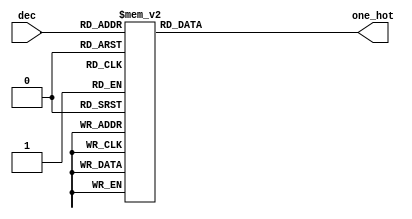
`timescale 1ns / 1ps
module BCD_to_onehot(one_hot,dec);
input [0:3]dec;
output reg [0:8] one_hot;
always @(*)
case(dec)
4'd1: one_hot=9'b100000000;
4'd2: one_hot=9'b010000000;
4'd3: one_hot=9'b001000000;
4'd4: one_hot=9'b000100000;
4'd5: one_hot=9'b000010000;
4'd6: one_hot=9'b000001000;
4'd7: one_hot=9'b000000100;
4'd8: one_hot=9'b000000010;
4'd9: one_hot=9'b000000001;
default:one_hot=9'b111111111;
endcase
endmodule


module candidate_type1(completed,sudoku_out,rst,start,clk,sudoku_given);
input [0:323] sudoku_given;
output reg [0:323] sudoku_out;
output completed;
input clk,rst,start;
 reg [0:3] decimal;
 reg [0:323]sudoku_taken;
  wire [0:8]dec_out;
wire [0:3]dec_in;
 wire [0:8]one_hot;
reg [0:728] sudoku;
 reg [0:8] main_element, other_element;
 reg [0:3]count_r,count_c;
 reg [0:3] counter;
reg [0:4] state,next_state;
 wire inc_count_r,inc_count_c,clr_count_r,clr_count_c,inc_counter,clr_counter,filled_cell;
  reg [0:9]position;
 reg [0:80] box;
  reg [0:3] box_num;
  reg [0:8] digit;
  reg update_r,update_c,update_r_2,update_c_2;
  reg [0:3] update_row_num,update_col_num,update_row_num_2,update_col_num_2;
 reg [0:8] cell_val;
  reg update_pencil;
 
 
parameter s0=5'd0,s1_1=5'd1,s1_2=5'd2,
s2_1=5'd3,s2_2=5'd4,s2_3=5'd5,s2_4=5'd6,
s3_1=5'd7,s3_2=5'd8,s3_3=5'd9,s3_4=5'd10,
s4_1=5'd11,s4_2=5'd12,s4_3=5'd13,s4_4=5'd14,
s5_1=5'd15,s5_2=5'd16,s5_3=5'd17,s5_4=5'd18,
s6_1=5'd19,s6_2=5'd20,s6_3=5'd21;

BCD_to_onehot  m1(one_hot,dec_in);

always @(posedge clk)
if(rst==1'b1) state<=s0;
else state <= next_state; 

always @(posedge clk)
if(rst==1'b1) sudoku_out<=324'b0;
else 
begin
if(state==s6_1)sudoku_out<=(sudoku_out<<4);
if(state==s6_2) sudoku_out[320:323]<=decimal;
end

always @(posedge clk)
if(rst==1'b1) sudoku_taken<=324'b0;
else
begin
if(start==1'b1) sudoku_taken<=sudoku_given;
end
  always @(posedge clk)
  if(rst==1'b1) 
  begin
  count_r <=4'd0;
  count_c <=4'd0;
  counter <=4'd0;
  main_element<=9'b0;
  other_element<=9'b0;
  end
  else
  begin
 
        if(inc_count_r) count_r<=count_r+4'd1;
      if(inc_count_c) count_c<=count_c+4'd1;
       if(inc_counter) counter<=counter+4'd1;
      if(clr_count_r) count_r<=4'd0;
      if(clr_count_c) count_c<=4'd0;
    if(clr_counter) counter<=4'd0;
    
    if((state==s2_1)|(state==s3_1)|(state==s4_1))
    main_element<=sudoku[position+:9];
    
    if((state==s2_3)|(state==s3_3)|(state==s4_3))
    other_element<=sudoku[position+:9];
   
  end
  always @(posedge clk)
  if(rst==1'b1)
  begin
  update_c_2<=1'b0;
  update_r_2<=1'b0;
  update_row_num_2<=4'd0;
  update_col_num_2<=4'd0;
  end
  else
  begin
  if(state==s5_2) 
  begin
  update_c_2<=update_c;
  update_r_2<=update_r;
  update_row_num_2<=update_row_num;
  update_col_num_2<=update_col_num;
  end
  end
  
  always @(posedge clk)
  if(rst==1'b1) box<=81'b0;
  else
  begin
   if(state==s5_1) box[(9*counter)+:9]<=sudoku[position+:9];
   end
  
  always @(posedge clk)
  if(rst==1'b1) digit<=9'b0;
  else
  begin
  if((state==s5_1)&(counter==4'd8))
  digit<=9'b100000000;
  if((state==s5_4)&(counter==4'd5))
  begin
  /*if(digit==9'b1)
  digit<=9'b100000000;
  else*/
  digit<=(digit>>1);
  end
  end
  
  always @(posedge clk)
  if(rst==1'b1) box_num<=4'b0;
  else
  begin
  if((state==s5_4)&(digit==9'b1)&(counter==4'd5))
  box_num<=box_num+1'b1;
  end
  
  always @(posedge clk)
  begin
  if(state==s1_2) sudoku[position+:9]<=one_hot;

if(state==s2_4) sudoku[position+:9]<=(count_c!=counter)?((other_element)&(~main_element)):main_element;
if(state==s3_4) sudoku[position+:9]<=(count_r!=counter)?((other_element)&(~main_element)):main_element;
if(state==s4_4) sudoku[position+:9]<=(count_c!=counter)?((other_element)&(~main_element)):main_element;

if((state==s5_3)&(update_r_2))
sudoku[position+:9]<=(sudoku[position+:9]&(~digit));
if((state==s5_4)&(update_c_2))
sudoku[position+:9]<=(sudoku[position+:9]&(~digit));
  end
  
always @(posedge clk)
if(rst==1'b1) update_pencil<=1'b0;
else
begin
if(((state==s2_4)|(state==s3_4)|(state==s4_4))&(other_element!=((other_element)&(~(main_element))))&(other_element!=main_element))
update_pencil<=1'b1;
if((((state==s4_4)&(counter==4'd8))|((state==s4_2)&(!filled_cell)))&(count_r==4'd8)&(count_c==4'd8)) update_pencil<=1'b0;
end

 always @(*)
     case(dec_out) 
     9'd256:decimal=4'h1;
     9'd128:decimal=4'h2;
     9'd64:decimal=4'h3;
     9'd32:decimal=4'h4;
     9'd16:decimal=4'h5;
     9'd8:decimal=4'h6;
     9'd4:decimal=4'h7;
     9'd2:decimal=4'h8;
     9'd1:decimal=4'h9;
     default : decimal=4'h0;
     endcase

always @(*)
case(state)
        s0:next_state=start?s1_1:s0;
        
        s1_1: next_state=s1_2;
        s1_2:next_state=((count_r==4'd8)&(count_c==4'd8))?s2_1:s1_1;
        
        s2_1: next_state=s2_2;
        s2_2:next_state=(filled_cell==1'b1)?s2_3:(((count_c==4'd8)&(count_r==4'd8))?s3_1:s2_1);
        s2_3: next_state=s2_4;
        s2_4:next_state=(counter!=4'd8)?s2_3:(((count_r==4'd8)&(count_c==4'd8))?s3_1:s2_1);
        
        s3_1: next_state=s3_2;
        s3_2:next_state=(filled_cell==1'b1)?s3_3:(((count_c==4'd8)&(count_r==4'd8))?s4_1:s3_1);
        s3_3: next_state=s3_4;
        s3_4:next_state=(counter!=4'd8)?s3_3:(((count_r==4'd8)&(count_c==4'd8))?s4_1:s3_1);
        
        s4_1: next_state=s4_2;
        s4_2:next_state=(filled_cell==1'b1)?s4_3:(((count_c==4'd8)&(count_r==4'd8))?(update_pencil?s2_1:((box_num==4'd9)?s6_1:s5_1)):s4_1);
        s4_3: next_state=s4_4;
        s4_4:next_state=(counter!=4'd8)?s4_3:(((count_r==4'd8)&(count_c==4'd8))?(update_pencil?s2_1:((box_num==4'd9)?s6_1:s5_1)):s4_1);
        
        s5_1:next_state=(counter==4'd8)?s5_2:s5_1;
        s5_2:next_state=s5_3;
        s5_3:next_state=(counter==4'd5)?s5_4:s5_3;
        s5_4:next_state=(counter==4'd5)?((digit==9'b1)?s2_1:s5_2):s5_4;
        
        s6_1:next_state=s6_2;
        s6_2:next_state=(((count_c==4'd8)&(count_r==4'd8))?s6_3:s6_1);
        s6_3:next_state=s6_3;
        default :next_state=s0;
endcase


always @(*)
if(state==s5_2)
case({(|(|(box[0:26]&{3{digit}}))),(|(|(box[27:53]&{3{digit}}))),(|(|(box[54:80]&{3{digit}})))})
3'b100:	begin
                update_r=1'b1;
         update_row_num=(box_num/2'd3)*2'd3+2'd0;
                end
       3'b010:	begin
                update_r=1'b1;
         update_row_num=(box_num/2'd3)*2'd3+2'd1;
                end
       3'b001:	begin
                update_r=1'b1;
         update_row_num=(box_num/2'd3)*2'd3+2'd2;
                end
       default:	begin
                update_r=1'b0;
                update_row_num=4'b0000;
                end
       endcase
       else
       begin
        update_r=1'b0;
        update_row_num=4'b0;
        end

always @(*)
if(state==s5_2)
case({(|(|({box[0:8],box[27:35],box[54:62]}&{3{digit}}))),(|(|({box[9:17],box[36:44],box[63:71]}&{3{digit}}))),(|(|({box[18:26],box[45:53],box[72:80]}&{3{digit}})))})
 3'b100:	begin
                update_c=1'b1;
         update_col_num=(box_num%2'd3)*2'd3+2'd0;
                end
       3'b010:	begin
                update_c=1'b1;
        update_col_num=(box_num%2'd3)*2'd3+2'd1;
                end
       3'b001:	begin
                update_c=1'b1;
         update_col_num=(box_num%2'd3)*2'd3+2'd2;
                end
       default:	begin
                update_c=1'b0;
                update_col_num=4'b0000;
                end
       endcase
       else
       begin
        update_c=1'b0;
        update_col_num=4'b0000;
        end

always @(*)
case(state)
s1_2:position=(81*count_r+9*count_c);
s2_1:position=(81*count_r+9*count_c);
s2_3:position=(81*count_r+9*counter);
s2_4:position=(81*count_r+9*counter);
s3_1:position=(81*count_r+9*count_c);
s3_3:position=(81*counter+9*count_c);
s3_4:position=(81*counter+9*count_c);
s4_1:position=(81*((count_r/2'd3)*2'd3+(count_c/2'd3))+9*((count_r%2'd3)*2'd3+(count_c%2'd3)));
s4_3:position=(81*((count_r/2'd3)*2'd3+(counter/2'd3))+9*((count_r%2'd3)*2'd3+(counter%2'd3)));
s4_4:position=(81*((count_r/2'd3)*2'd3+(counter/2'd3))+9*((count_r%2'd3)*2'd3+(counter%2'd3)));
s5_1:position=(81*((box_num/2'd3)*2'd3+(counter/2'd3))+9*((box_num%2'd3)*2'd3+(counter%2'd3)));

s5_3:	case(box_num)
                4'd0,4'd3,4'd6:
                	begin
                	case(counter)
                      4'd0:position=(81*update_row_num_2)+27;
                     4'd1:position=81*update_row_num_2+36;
                     4'd2:position=81*update_row_num_2+45;
                      4'd3:position=81*update_row_num_2+54;
                      4'd4:position=81*update_row_num_2+63;
                      4'd5:position=81*update_row_num_2+72;
                      default:position=10'b1111111111;
                      endcase
					 end    
                4'd1,4'd4,4'd7:
                	begin
                	case(counter)
                      4'd0:position=81*update_row_num_2;
                     4'd1:position=81*update_row_num_2+9;
                     4'd2:position=81*update_row_num_2+18;
                      4'd3:position=81*update_row_num_2+54;
                      4'd4:position=81*update_row_num_2+63;
                      4'd5:position=81*update_row_num_2+72;
                      default:position=10'b1111111111;
                      endcase
                      end
                4'd2,4'd5,4'd8:
               	 	begin
               	 	case(counter)
               	 	 4'd0:position=81*update_row_num_2;
                     4'd1:position=81*update_row_num_2+9;
                     4'd2:position=81*update_row_num_2+18;
                      4'd3:position=81*update_row_num_2+27;
                     4'd4:position=81*update_row_num_2+36;
                     4'd5:position=81*update_row_num_2+45;
                      default:position=10'b1111111111;
                      endcase
					 end
			default: position=10'b1111111111;
                endcase
                
s5_4:case(box_num)
                4'd0,4'd1,4'd2:
                	begin
                	case(counter)
                      4'd0:position=243+9*update_col_num_2;
                     4'd1:position=324+9*update_col_num_2;
                     4'd2:position=405+9*update_col_num_2;
                      4'd3:position=486+9*update_col_num_2;
                      4'd4:position=567+9*update_col_num_2;
                      4'd5:position=648+9*update_col_num_2;
                      default:position=10'b1111111111;
                      endcase
					 end    
                4'd3,4'd4,4'd5:
                	begin
                	case(counter)
                      4'd0:position=9*update_col_num_2;
                     4'd1:position=81+9*update_col_num_2;
                     4'd2:position=162+9*update_col_num_2;
                      4'd3:position=486+9*update_col_num_2;
                      4'd4:position=567+9*update_col_num_2;
                      4'd5:position=648+9*update_col_num_2;
                      default:position=10'b1111111111;
                      endcase
					 end
                4'd6,4'd7,4'd8:
               	 	begin
               	 	case(counter)
                      4'd0:position=9*update_col_num_2;
                     4'd1:position=81+9*update_col_num_2;
                     4'd2:position=162+9*update_col_num_2;
                      4'd3:position=243+9*update_col_num_2;
                      4'd4:position=324+9*update_col_num_2;
                      4'd5:position=405+9*update_col_num_2;
                      default:position=10'b1111111111;
                      endcase
					 end
					 default: position=10'b1111111111;
                endcase
                
default:position=10'b1111111111;
endcase

assign dec_in=((state==s1_1)|(state==s1_2))?sudoku_taken[(36*count_r+4*count_c)+:4]:4'b0;
assign inc_count_r=((((state==s1_2)|(state==s6_2))|(((state==s2_2)|(state==s3_2)|(state==s4_2))&(filled_cell!=1'b1))|(((state==s2_4)|(state==s3_4)|(state==s4_4))&(counter==4'd8)))&((count_c==4'd8)&(count_r!=4'd8)));
  assign inc_count_c=((((state==s1_2)|(state==s6_2))|(((state==s2_4)|(state==s3_4)|(state==s4_4))&(counter==4'd8))|(((state==s2_2)|(state==s3_2)|(state==s4_2))&(filled_cell!=1'b1)))&(count_c!=4'd8));
  assign inc_counter=(((((state==s2_4)|(state==s3_4)|(state==s4_4)))&(counter!=4'd8))|((state==s5_1)&(counter!=4'd8))|(((state==s5_3)|(state==s5_4))&(counter!=4'd5)));
  assign clr_count_r=((((state==s1_2)|(state==s6_2))|(((state==s2_4)|(state==s3_4|(state==s4_4)))&(counter==4'd8))|(((state==s2_2)|(state==s3_2)|(state==s4_2))&(filled_cell!=1'b1)))&((count_c==4'd8)&(count_r==4'd8)));
  assign clr_count_c=((((state==s1_2)|(state==s6_2))|(((state==s2_4)|(state==s3_4)|(state==s4_4))&(counter==4'd8))|(((state==s2_2)|(state==s3_2|(state==s4_2)))&(filled_cell!=1'b1)))&(count_c==4'd8));
  assign  clr_counter=(((((state==s2_4)|(state==s3_4)|(state==s4_4)|(state==s5_1))&(counter==4'd8)))|(((state==s5_3)|(state==s5_4))&(counter==4'd5)));
 assign completed=(state==s6_3);
assign dec_out=((state==s6_1)|(state==s6_2))?sudoku[(81*count_r+9*count_c)+:9]:9'b0;
assign filled_cell=((main_element==9'd1)|(main_element==9'd2)|(main_element==9'd4)|(main_element==9'd8)|(main_element==9'd16)|(main_element==9'd32)|(main_element==9'd64)|(main_element==9'd128)|(main_element==9'd256));
endmodule